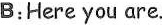
B:Here you are.